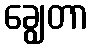
ချွေတာ